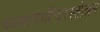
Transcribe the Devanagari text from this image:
कल्याणमन्दिरस्तोत्रम